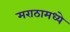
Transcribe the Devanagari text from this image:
मराठामध्ये